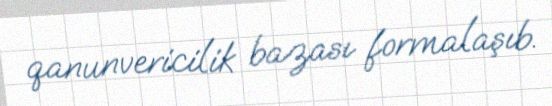
qanunvericilik bazası formalaşıb.